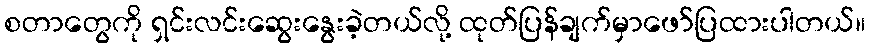
စတာတွေကို ရှင်းလင်းဆွေးနွေးခဲ့တယ်လို့ ထုတ်ပြန်ချက်မှာဖော်ပြထားပါတယ်။